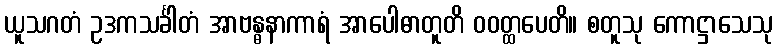
ယူသဂတံ ဥဒကသင်္ခါတံ အာဗန္ဓနာကာရံ အာပေါဓာတူတိ ဝဝတ္ထပေတိ။ စတူသု ကောဋ္ဌာသေသု